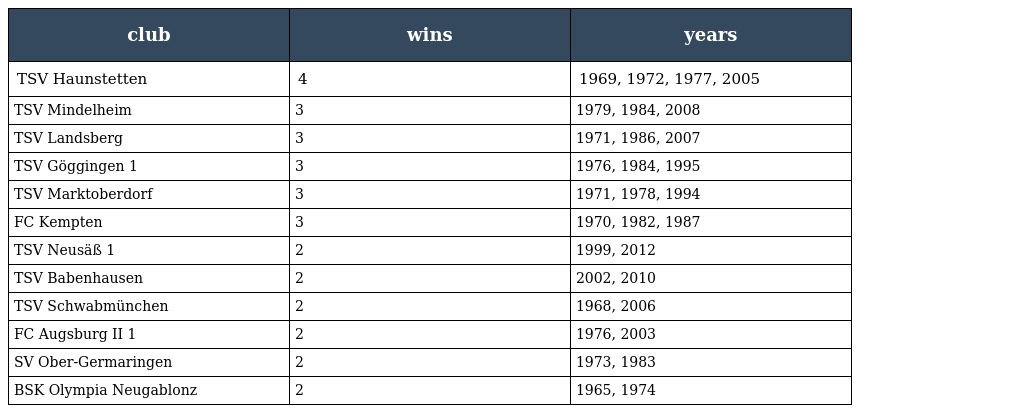
| club | wins | years |
 | --- | --- | --- |
 | TSV Haunstetten | 4 | 1969, 1972, 1977, 2005 |
 | TSV Mindelheim | 3 | 1979, 1984, 2008 |
 | TSV Landsberg | 3 | 1971, 1986, 2007 |
 | TSV Göggingen 1 | 3 | 1976, 1984, 1995 |
 | TSV Marktoberdorf | 3 | 1971, 1978, 1994 |
 | FC Kempten | 3 | 1970, 1982, 1987 |
 | TSV Neusäß 1 | 2 | 1999, 2012 |
 | TSV Babenhausen | 2 | 2002, 2010 |
 | TSV Schwabmünchen | 2 | 1968, 2006 |
 | FC Augsburg II 1 | 2 | 1976, 2003 |
 | SV Ober-Germaringen | 2 | 1973, 1983 |
 | BSK Olympia Neugablonz | 2 | 1965, 1974 |